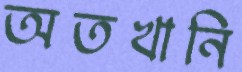
অতখানি